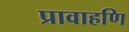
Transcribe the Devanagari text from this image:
प्रावाहणि